Indian journal of veterinary science and animal husbandry - Volumes 22-23, 1952-1953
Year: 1952
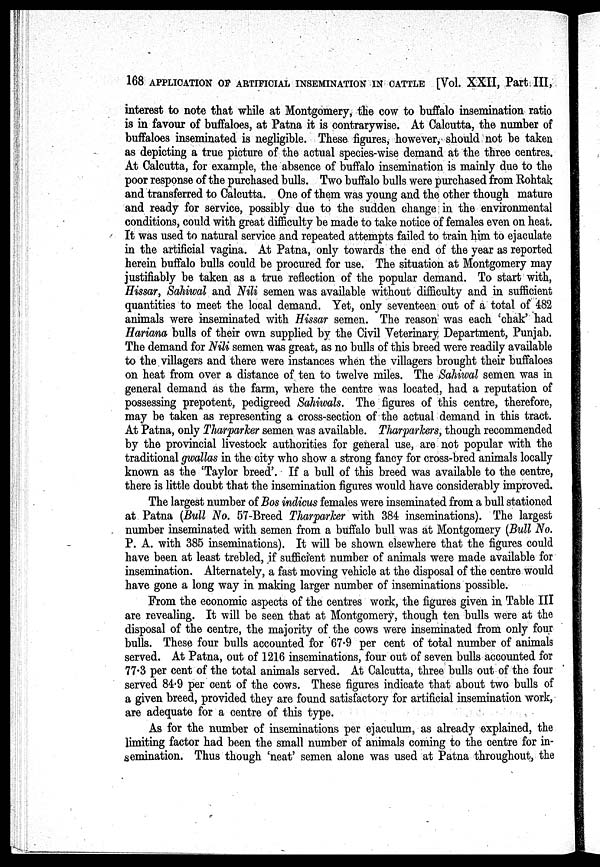
168 APPLICATION OF ARTIFICIAL INSEMINATION IN CATTLE [Vol. XXII, Part III,
interest to note that while at Montgomery, the cow to buffalo insemination ratio
is in favour of buffaloes, at Patna it is contrarywise. At Calcutta, the number of
buffaloes inseminated is negligible. These figures, however, should not be taken
as depicting a true picture of the actual species-wise demand at the three centres.
At Calcutta, for example, the absence of buffalo insemination is mainly due to the
poor response of the purchased bulls. Two buffalo bulls were purchased from Rohtak
and transferred to Calcutta. One of them was young and the other though mature
and ready for service, possibly due to the sudden change, in the environmental
conditions, could with great difficulty be made to take notice of females even on heat.
It was used to natural service and repeated attempts failed to train him to ejaculate
in the artificial vagina. At Patna, only towards the end of the year as reported
herein buffalo bulls could be procured for use. The situation at Montgomery may
justifiably be taken as a true reflection of the popular demand. To start with,
Hissar, Sahiwal and Nili semen was available without difficulty and in sufficient
quantities to meet the local demand. Yet, only seventeen out of a total of 482
animals were inseminated with Hissar semen. The reason was each 'chak' had
Hariana bulls of their own supplied by the Civil Veterinary Department, Punjab.
The demand for Nili semen was great, as no bulls of this breed were readily available
to the villagers and there were instances when the villagers brought their buffaloes
on heat from over a distance of ten to twelve miles. The Sahiwal semen was in
general demand as the farm, where the centre was located, had a reputation of
possessing prepotent, pedigreed Sahiwals. The figures of this centre, therefore,
may be taken as representing a cross-section of the actual demand in this tract.
At Patna, only Tharparker semen was available. Tharparkers, though recommended
by the provincial livestock authorities for general use, are not popular with the
traditional gwallas in the city who show a strong fancy for cross-bred animals locally
known as the 'Taylor breed'. If a bull of this breed was available to the centre,
there is little doubt that the insemination figures would have considerably improved.
The largest number of Bos indicus females were inseminated from a bull stationed
at Patna (Bull No. 57-Breed Tharparker with 384 inseminations). The largest
number inseminated with semen from a buffalo bull was at Montgomery (Bull No.
P. A. with 385 inseminations). It will be shown elsewhere that the figures could
have been at least trebled, if sufficient number of animals were made available for
insemination. Alternately, a fast moving vehicle at the disposal of the centre would
have gone a long way in making larger number of inseminations possible.
From the economic aspects of the centres work, the figures given in Table III
are revealing. It will be seen that at Montgomery, though ten bulls were at the
disposal of the centre, the majority of the cows were inseminated from only four
bulls. These four bulls accounted for 67.9 per cent of total number of animals
served. At Patna, out of 1216 inseminations, four out of seven bulls accounted for
77.3 per cent of the total animals served. At Calcutta, three bulls out of the four
served 84.9 per cent of the cows. These figures indicate that about two bulls of
a given breed, provided they are found satisfactory for artificial insemination work,
are adequate for a centre of this type.
As for the number of inseminations per ejaculum, as already explained, the
limiting factor had been the small number of animals coming to the centre for in-
semination. Thus though 'neat' semen alone was used at Patna throughout, the